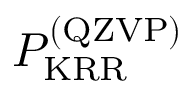
P _ { \mathrm { K R R } } ^ { \mathrm { ( Q Z V P ) } }